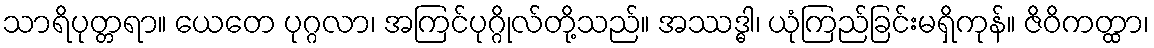
သာရိပုတ္တရာ။ ယေတေ ပုဂ္ဂလာ၊ အကြင်ပုဂ္ဂိုလ်တို့သည်။ အဿဒ္ဓါ၊ ယုံကြည်ခြင်းမရှိကုန်။ ဇိဝိကတ္ထာ၊